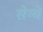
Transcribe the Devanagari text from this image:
सेग्ये